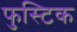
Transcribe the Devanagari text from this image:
फुस्टिक